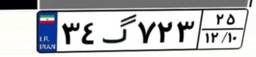
۴۸گ۵۱۱۸۱